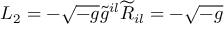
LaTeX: L _ { 2 } = - \sqrt { - g } \widetilde { g } ^ { i l } \widetilde { R } _ { i l } = - \sqrt { - g }